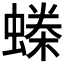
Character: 𧏪